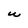
Character: W